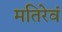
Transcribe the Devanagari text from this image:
मतिरेवं